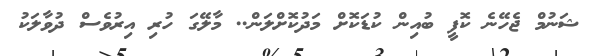
ޝަނުމް ޖެހޭނެ ކޮފީ ބުއިން ކުޑަކޮށް މަދުކޮށްލަން.. މާލޭގަ ހުރި އިރުވެސް ދުވާލަކު